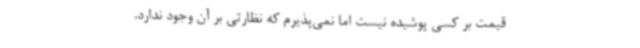
قیمت بر کسی پوشیده نیست اما نمی‌پذیرم که نظارتی بر آن وجود ندارد.